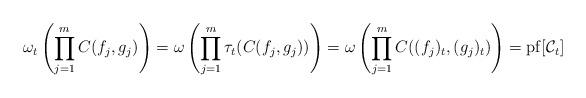
LaTeX: \begin{align*} \omega_t \left( \prod_{j=1}^m C(f_j, g_j) \right) = \omega \left( \prod_{j=1}^m \tau_t (C(f_j,g_j)) \right) =\omega \left( \prod_{j=1}^m C( (f_j)_t, (g_j)_t) \right) = {\rm pf}[ \mathcal{C}_t]\end{align*}